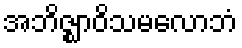
အဘိဇ္ဈာဝိသမလောဘံ